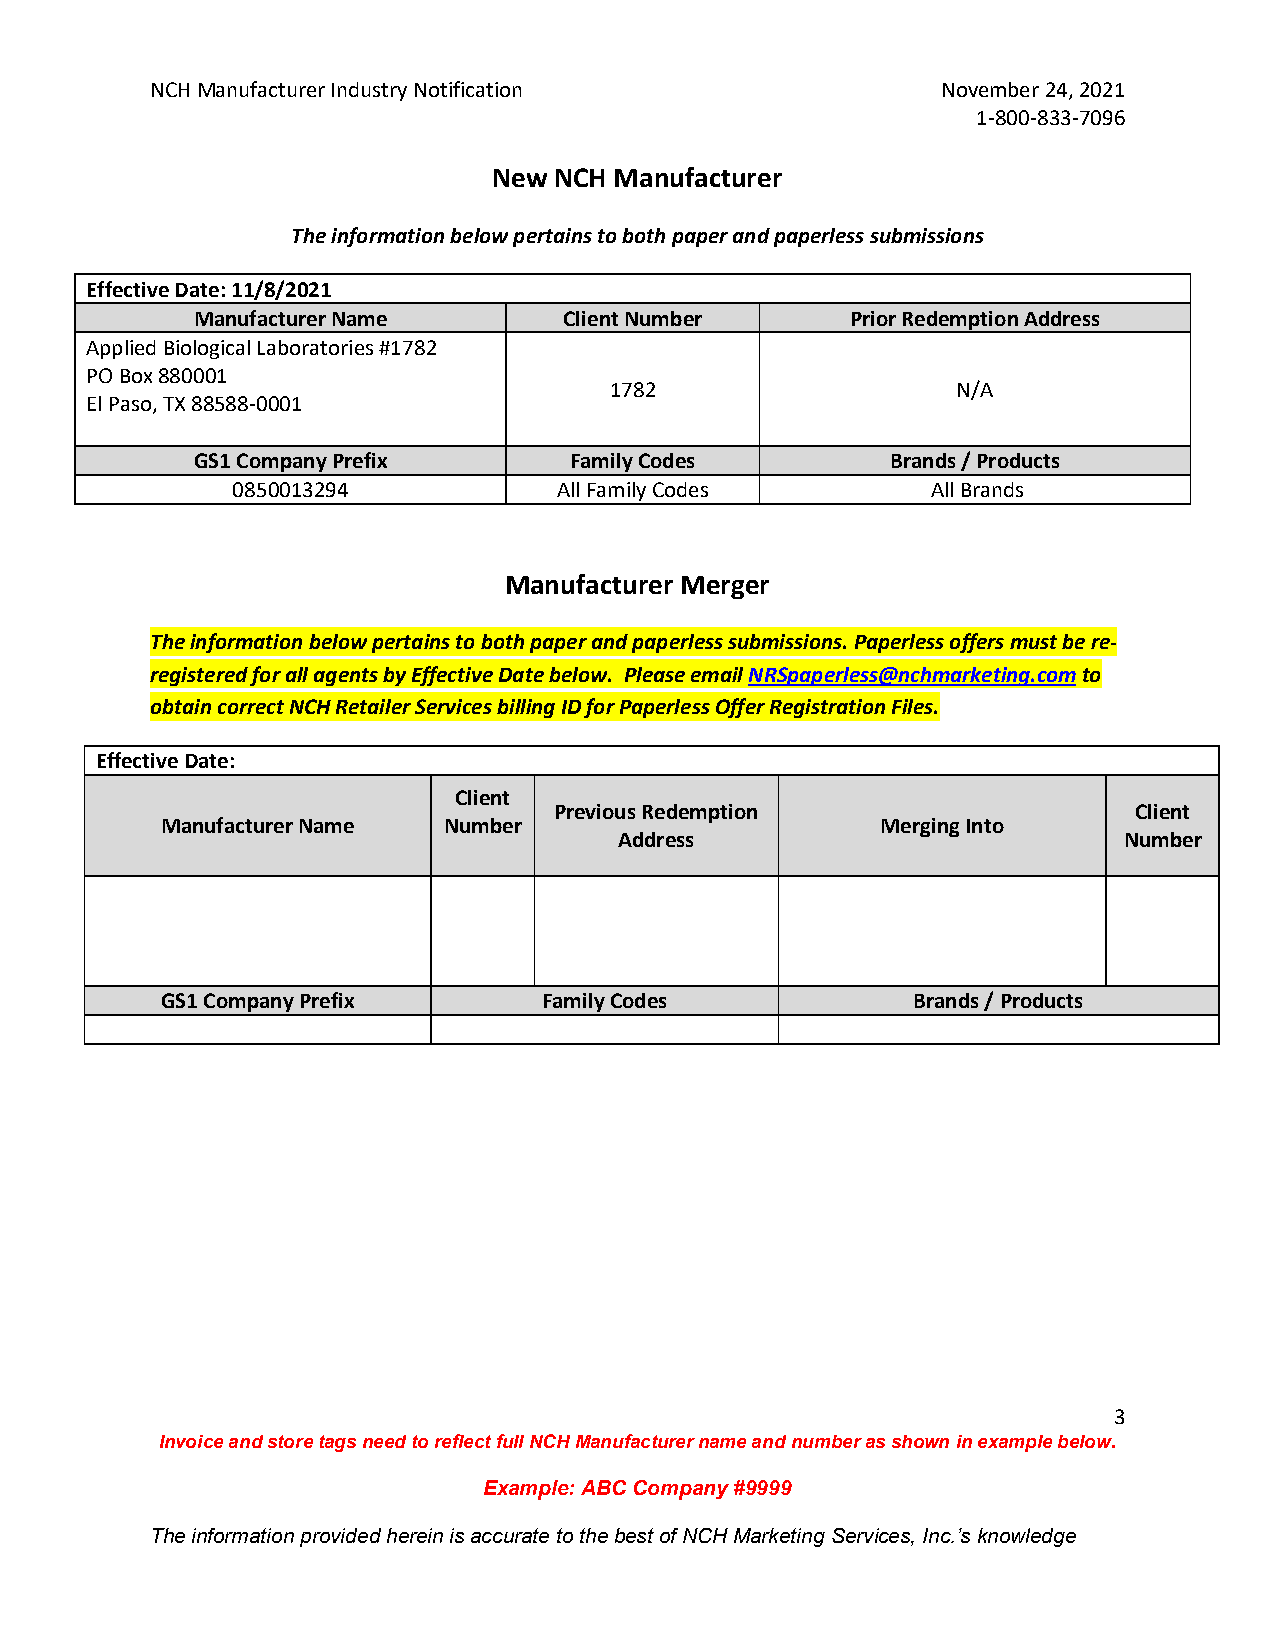
NCH Manufacturer Industry Notification              November 24, 2021
 1-800-833-7096
 New NCH Manufacturer
 The information below pertains to both paper and paperless submissions
 Effective Date: 11/8/2021
 Manufacturer Name       Client Number      Prior Redemption Address
 Applied Biological Laboratories #1782
 PO Box 880001
 1782                   N/A
 El Paso, TX 88588-0001
 GS1 Company Prefix       Family Codes         Brands / Products
 0850013294            All Family Codes         All Brands
 Manufacturer Merger
 The information below pertains to both paper and paperless submissions. Paperless offers must be re-
 registered for all agents by Effective Date below. Please email NRSpaperless@nchmarketing.com to
 obtain correct NCH Retailer Services billing ID for Paperless Offer Registration Files.
 Effective Date:
 Client
 Previous Redemption                   Client
 Manufacturer Name Number                       Merging Into
 Address                          Number
 GS1 Company Prefix       Family Codes            Brands / Products
 3
 Invoice and store tags need to reflect full NCH Manufacturer name and number as shown in example below.
 Example: ABC Company #9999
 The information provided herein is accurate to the best of NCH Marketing Services, Inc.’s knowledge